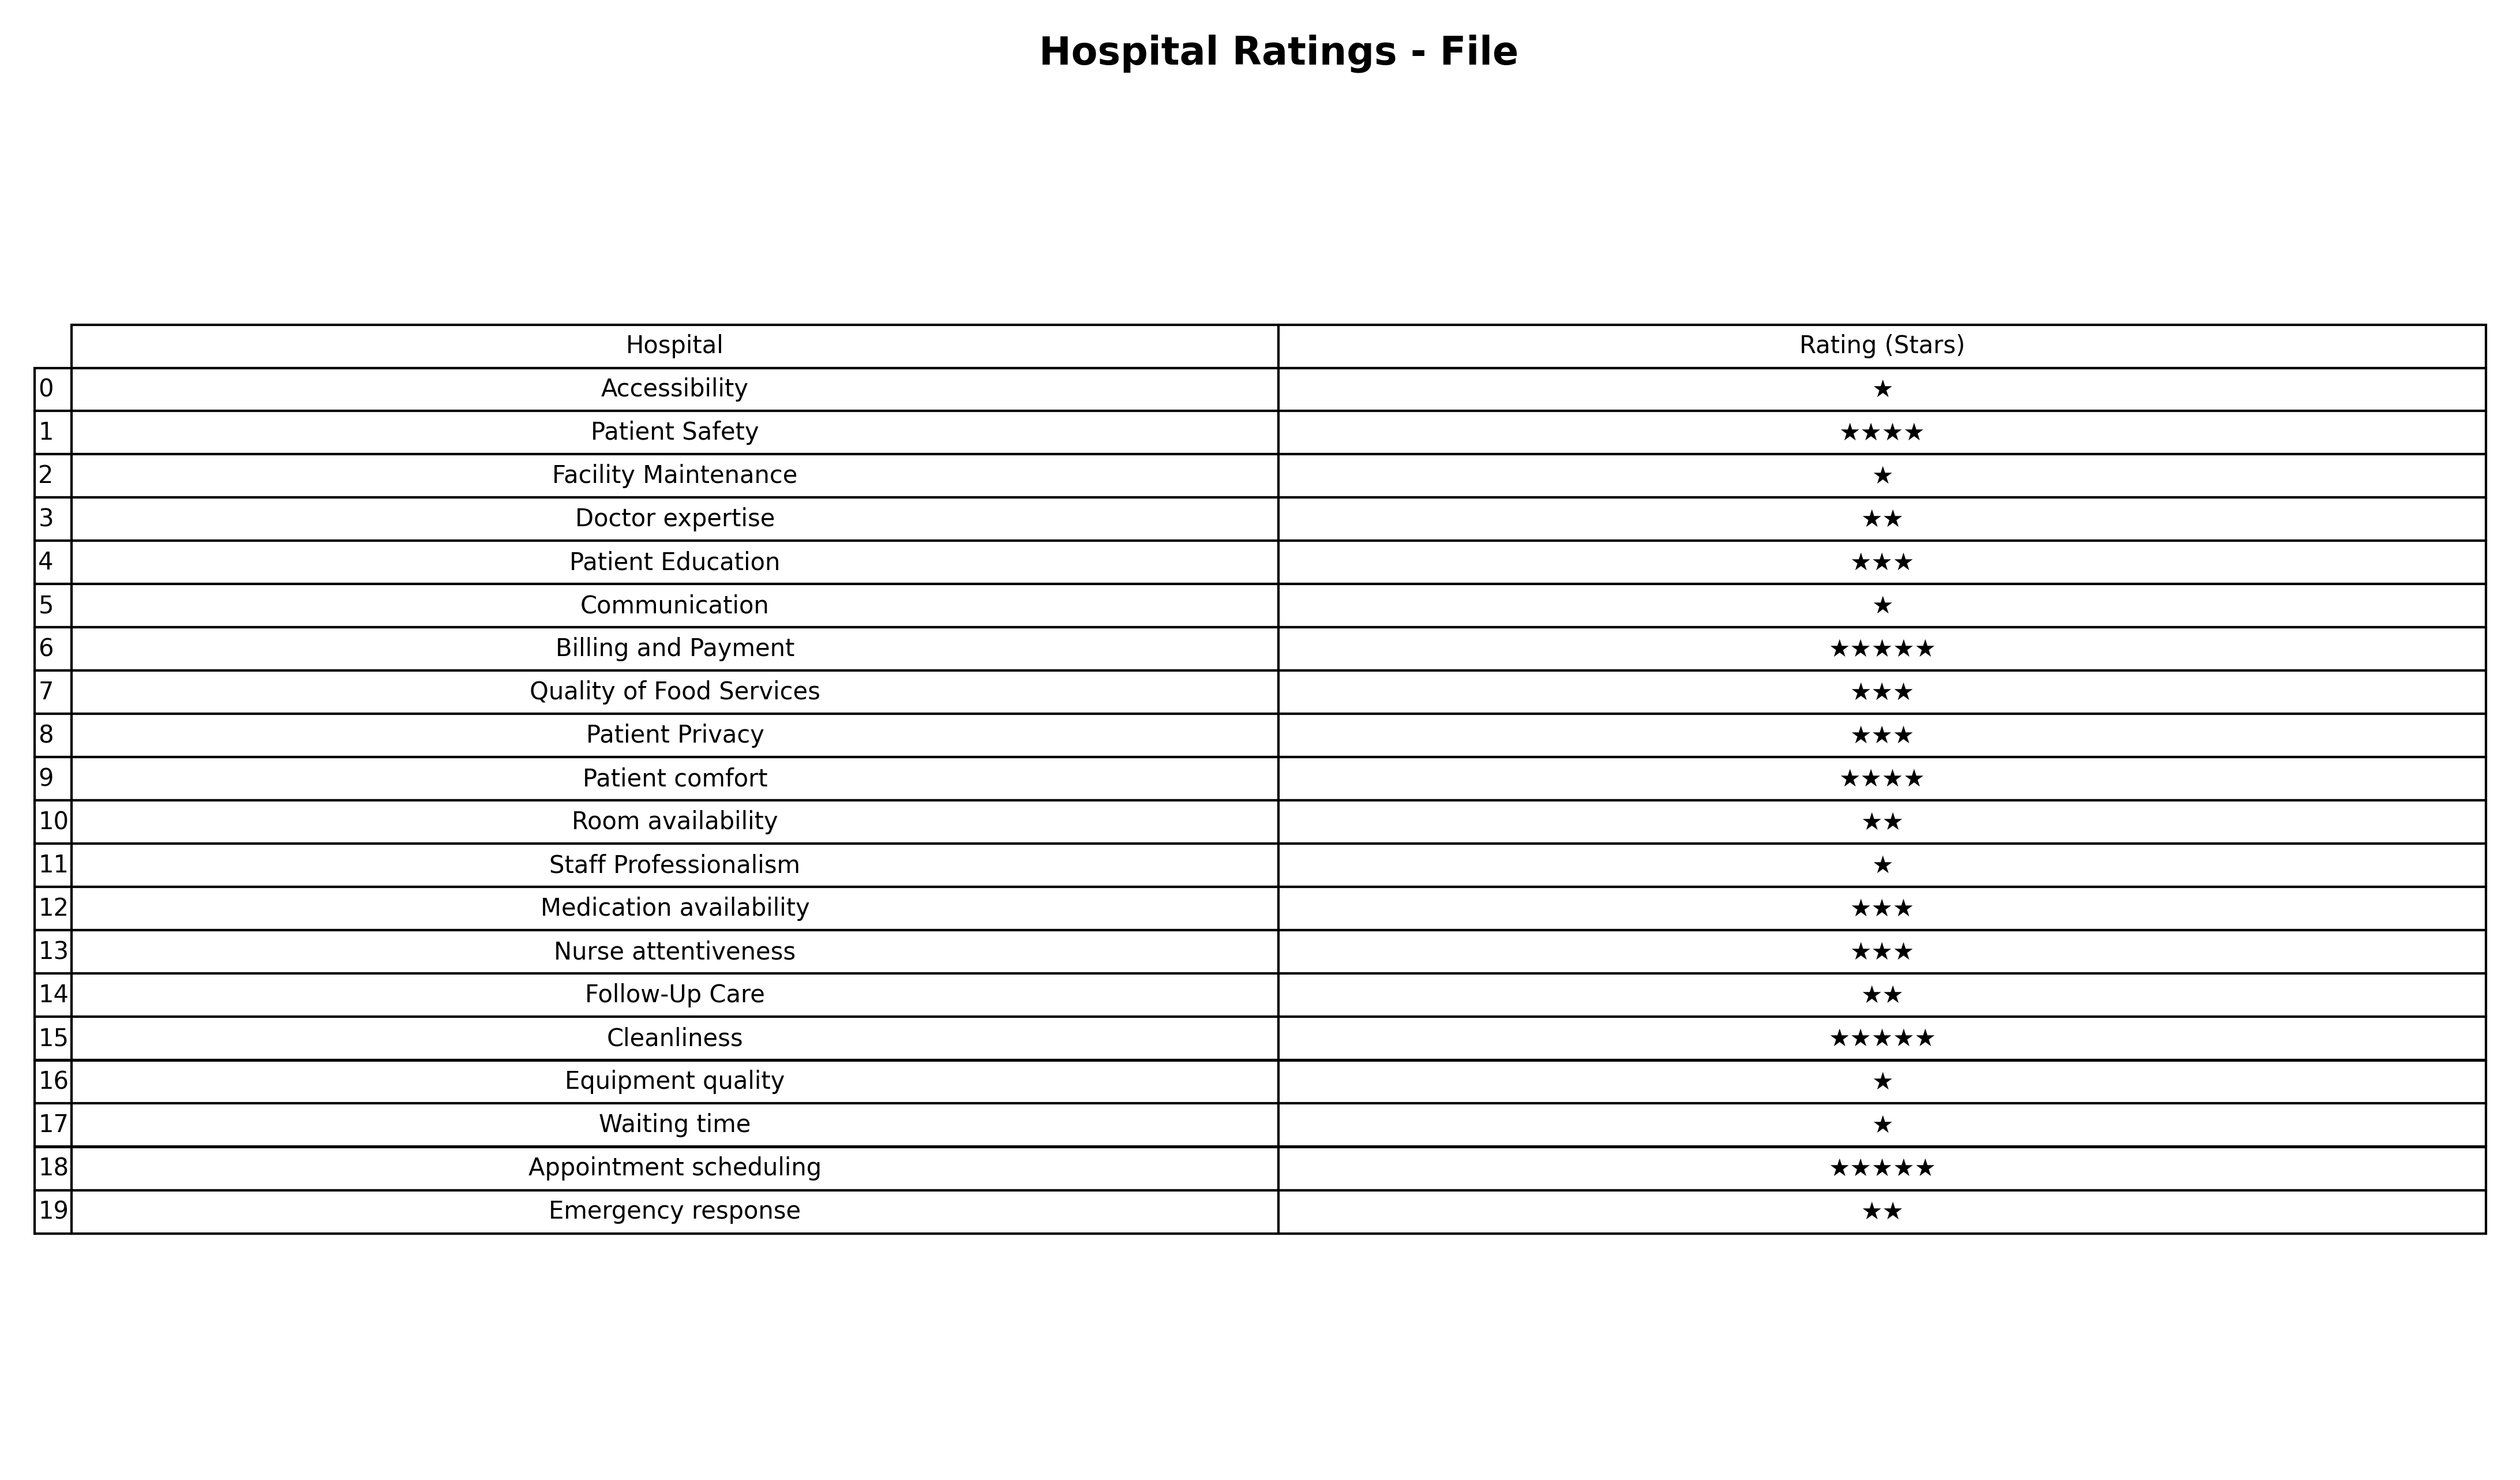
question: What is the rating of Patient Education?
answer: ★★★